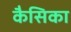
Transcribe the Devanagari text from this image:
कैसिका